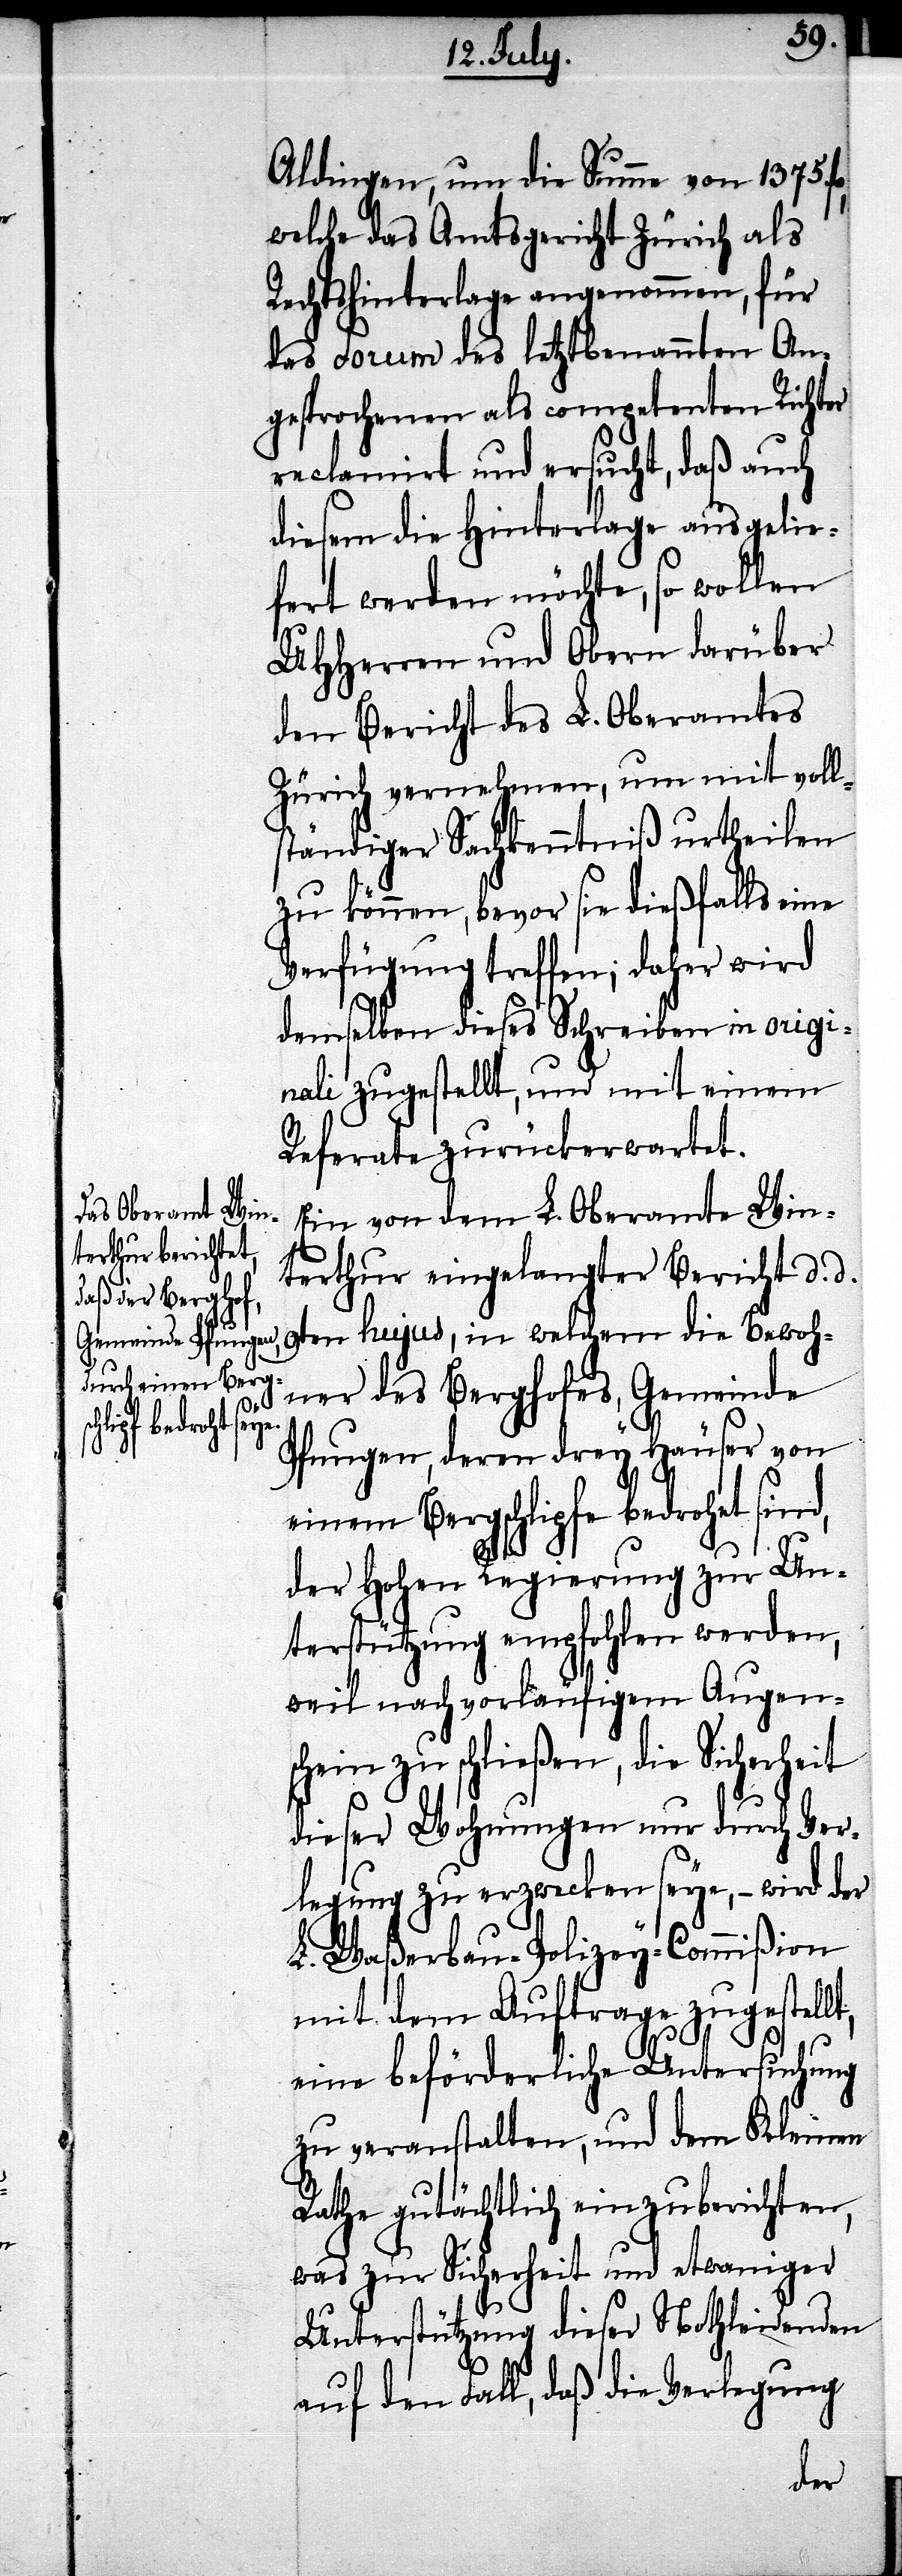
lt,

Aldingen, um die Summe von 1375.
welche das Amtsgericht Zürich als
Rechtshinterlage angenommen, für
das Forum des letztbenannten An¬
gesprochenen als competenten Richter
reclamirt und ersucht, daß auch
diesem die Hinterlage ausgelie¬
fert werden möchte, so wollen
UHHerren und Obern darüber
den Bericht des L. Oberamtes
Zürich vernehmen, um mit voll¬
ständiger Sachkenntniß urtheilen
zu können, bevor sie dießfalls eine
Verfügung treffen; daher wird
demselben dieses Schreiben in origi¬
nali zugestellt, und mit einem
Referate zurückerwartet.
Ein von dem L. Oberamte Win¬
terthur eingelangter Bericht d. d.
9ten hujus, in welchem die Bewoh¬
ner des Berghofes, Gemeinde
Pfungen, deren drey Häuser von
einem Bergschlipfe bedrohet sind,
der Hohen Regierung zur Un¬
terstützung empfohlen werden,
weil nach vorläufigem Augens¬
chein zu schließen, die Sicher¬
dieser Wohnungen nur durch Ver¬
legung zu erzwecken seye, – wird der
L. Waßerbau-Polizey-Commißion
mit dem Auftrage zugestel¬
eine beförderliche Untersuchung
zu veranstalten, und dem Kleinen
Rathe gutächtlich einzuberichten,
was zur Sicherheit und etwaniger
Unterstützung dieser Nothleidenden
auf den Fall, daß die Verlegung